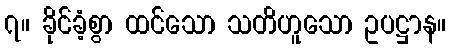
၇။ ခိုင်ခံ့စွာ ထင်သော သတိဟူသော ဥပဋ္ဌာန။